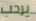
يرحب